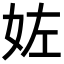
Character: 𡛿